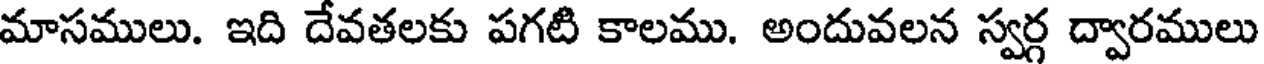
మాసములు. ఇది దేవతలకు పగటి కాలము. అందువలన స్వర్గ ద్వారములు